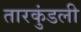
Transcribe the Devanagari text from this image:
तारकुंडली